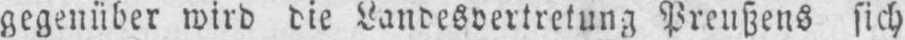
gegenüber wird die Landesvertretung Preußens sich